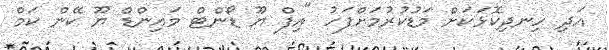
އަދި ހިނދިކޮޅަކަށް މަޑުކުރުމަށްފަހު "އިފް ޔޫ ޑޯންޓް މައިންޑް ޔޫ ކޭން ކަމް